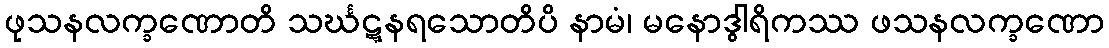
ဖုသနလက္ခဏောတိ သင်္ဃဋ္ဋနရသောတိပိ နာမံ၊ မနောဒွါရိကဿ ဖသနလက္ခဏော